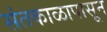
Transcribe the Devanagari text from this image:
संतकाळापासून